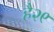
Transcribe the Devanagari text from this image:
है२९